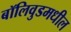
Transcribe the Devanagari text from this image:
बॉलिवुडमधील